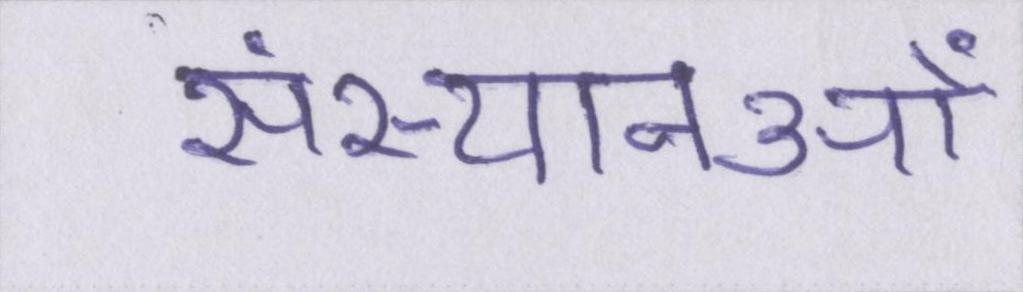
संस्थानओं